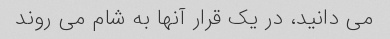
می دانید، در یک قرار آنها به شام ​​می روند